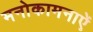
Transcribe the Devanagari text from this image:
मनोकामनाऐं